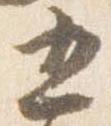
五